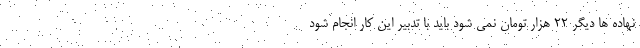
نهاده ها دیگر ٢٢ هزار تومان نمی شود باید با تدبیر این کار انجام شود